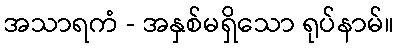
အသာရကံ - အနှစ်မရှိသော ရုပ်နာမ်။